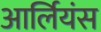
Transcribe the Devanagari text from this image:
आर्लियंस